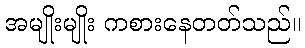
အမျိုးမျိုး ကစားနေတတ်သည်။